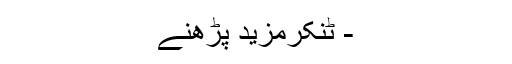
- ٹنکرمزید پڑھنے